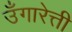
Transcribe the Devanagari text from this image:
उँगारेत्ती